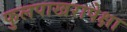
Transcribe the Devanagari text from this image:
फुलपाखरापेक्षा